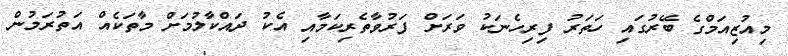
މިއުޒިއަމްގެ ބޭރުގައި ހަތަރު ފިރިހެނަކު ވަރަށް ފަރުވާތެރިކަމާއި އެކު ދައްކާލުމަށް މާތަކެއް އަތުރަމުން